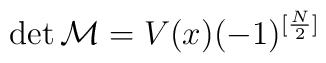
\det {\cal M} = V(x) (-1)^{[\frac N2]}